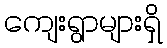
ကျေးရွာများရှိ